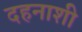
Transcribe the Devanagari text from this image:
दहनाशी